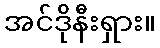
အင်ဒိုနီးရှား။